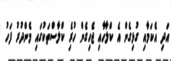
އަދި އެކަމާއި ގުޅިގެން އެ ކްލާހާއި ޖެހިގެން ހުރެި ކްލާސްތަކުގައި މެންދުރު ފަހު